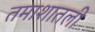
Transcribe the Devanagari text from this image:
तमाशातली